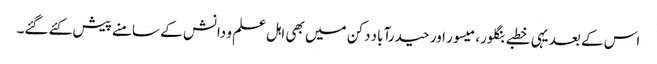
اس کے بعد یہی خطبے بنگلور، میسور اور حیدرآباد دکن میں بھی اہل علم و دانش کے سامنے پیش کئے گئے۔